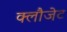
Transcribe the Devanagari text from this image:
क्लौजेट